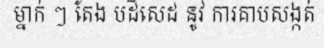
ម្នាក់ ៗ តែង បដិសេដ នូវ ការគាបសង្កត់